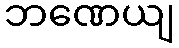
ဘဏေယျ